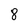
Character: 8